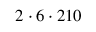
2 \cdot 6 \cdot 2 1 0